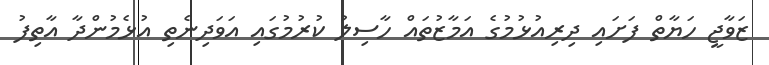
ޒަވާޖީ ހަޔާތް ފަށައި ދިރިއުޅުމުގެ އަމާޒުތައް ހާސިލު ކުރުމުގައި އަވަދިނެތި އުޅެމުންދާ އާތިފު